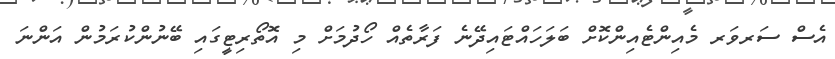
އެސް ސަރވަރ މެއިންޓެއިންކޮށް ބަލަހައްޓައިދޭނެ ފަރާތެއް ހޯދުމަށް މި އޮތޯރިޓީގައި ބޭނުންކުރަމުން އަންނަ